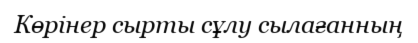
Көрінер сырты сұлу сылағанның